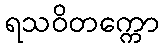
ရသဝိတက္ကော